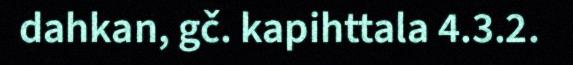
dahkan, gč. kapihttala 4.3.2.